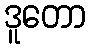
ဒူတော